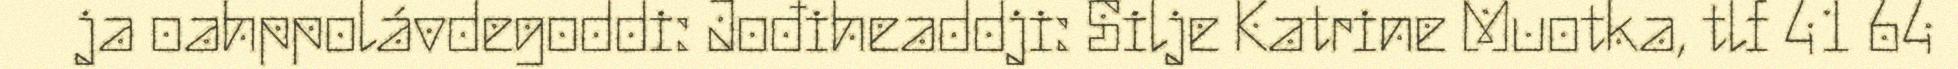
ja oahppolávdegoddi: Jođiheaddji: Silje Katrine Muotka, tlf 41 64